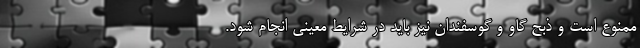
ممنوع است و ذبح گاو و گوسفندان نیز باید در شرایط معینی انجام شود.